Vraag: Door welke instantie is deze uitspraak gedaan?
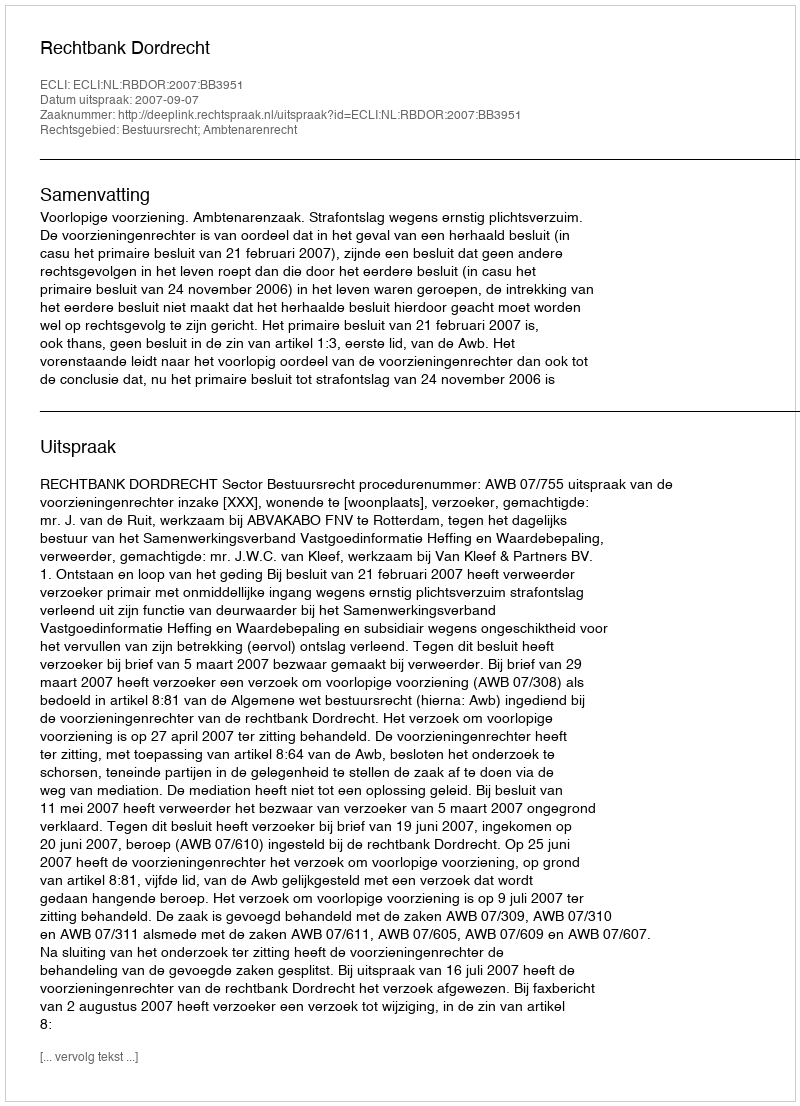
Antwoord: Rechtbank Dordrecht